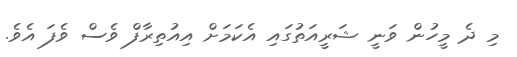
މި ދެ މީހުން ވަނީ ޝަރީއަތުގައި އެކަމަށް އިއުތިރާފް ވެސް ވެފަ އެވެ.